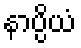
နာပ္ပိယံ